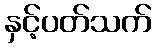
နှင့်ပတ်သက်